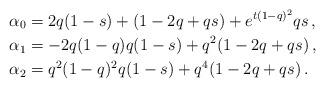
LaTeX: \begin{align*} \alpha_0 & = 2 q(1-s) + (1-2q+qs) + e^{t(1-q)^2} qs \, ,\\ \alpha_1 & =- 2 q (1-q)q (1-s) + q^2 (1-2q+qs) \, ,\\ \alpha_2 & = q^2(1-q)^2 q(1-s) + q^4 (1-2q+qs) \, . \end{align*}